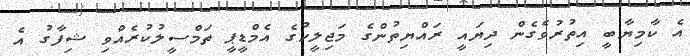
އެ ކާމިޔާބީ އިތުރުވެގެން ދިޔައީ ރައްޔިތުންގެ މަޖިލީހުގެ އެމްޑީޕީ ތަމްސީލުކުރެއްވި ޝިފާގު އެ